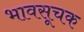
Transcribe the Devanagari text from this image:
भावसूचक